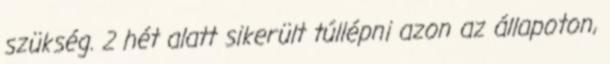
szükség. 2 hét alatt sikerült túllépni azon az állapoton,